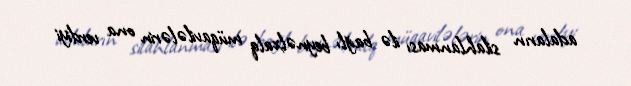
adaların silahlanması ilə bağlı beynəlxalq müqavilələrin ona verdiyi